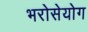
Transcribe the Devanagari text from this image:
भरोसेयोग